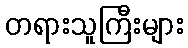
တရားသူကြီးများ